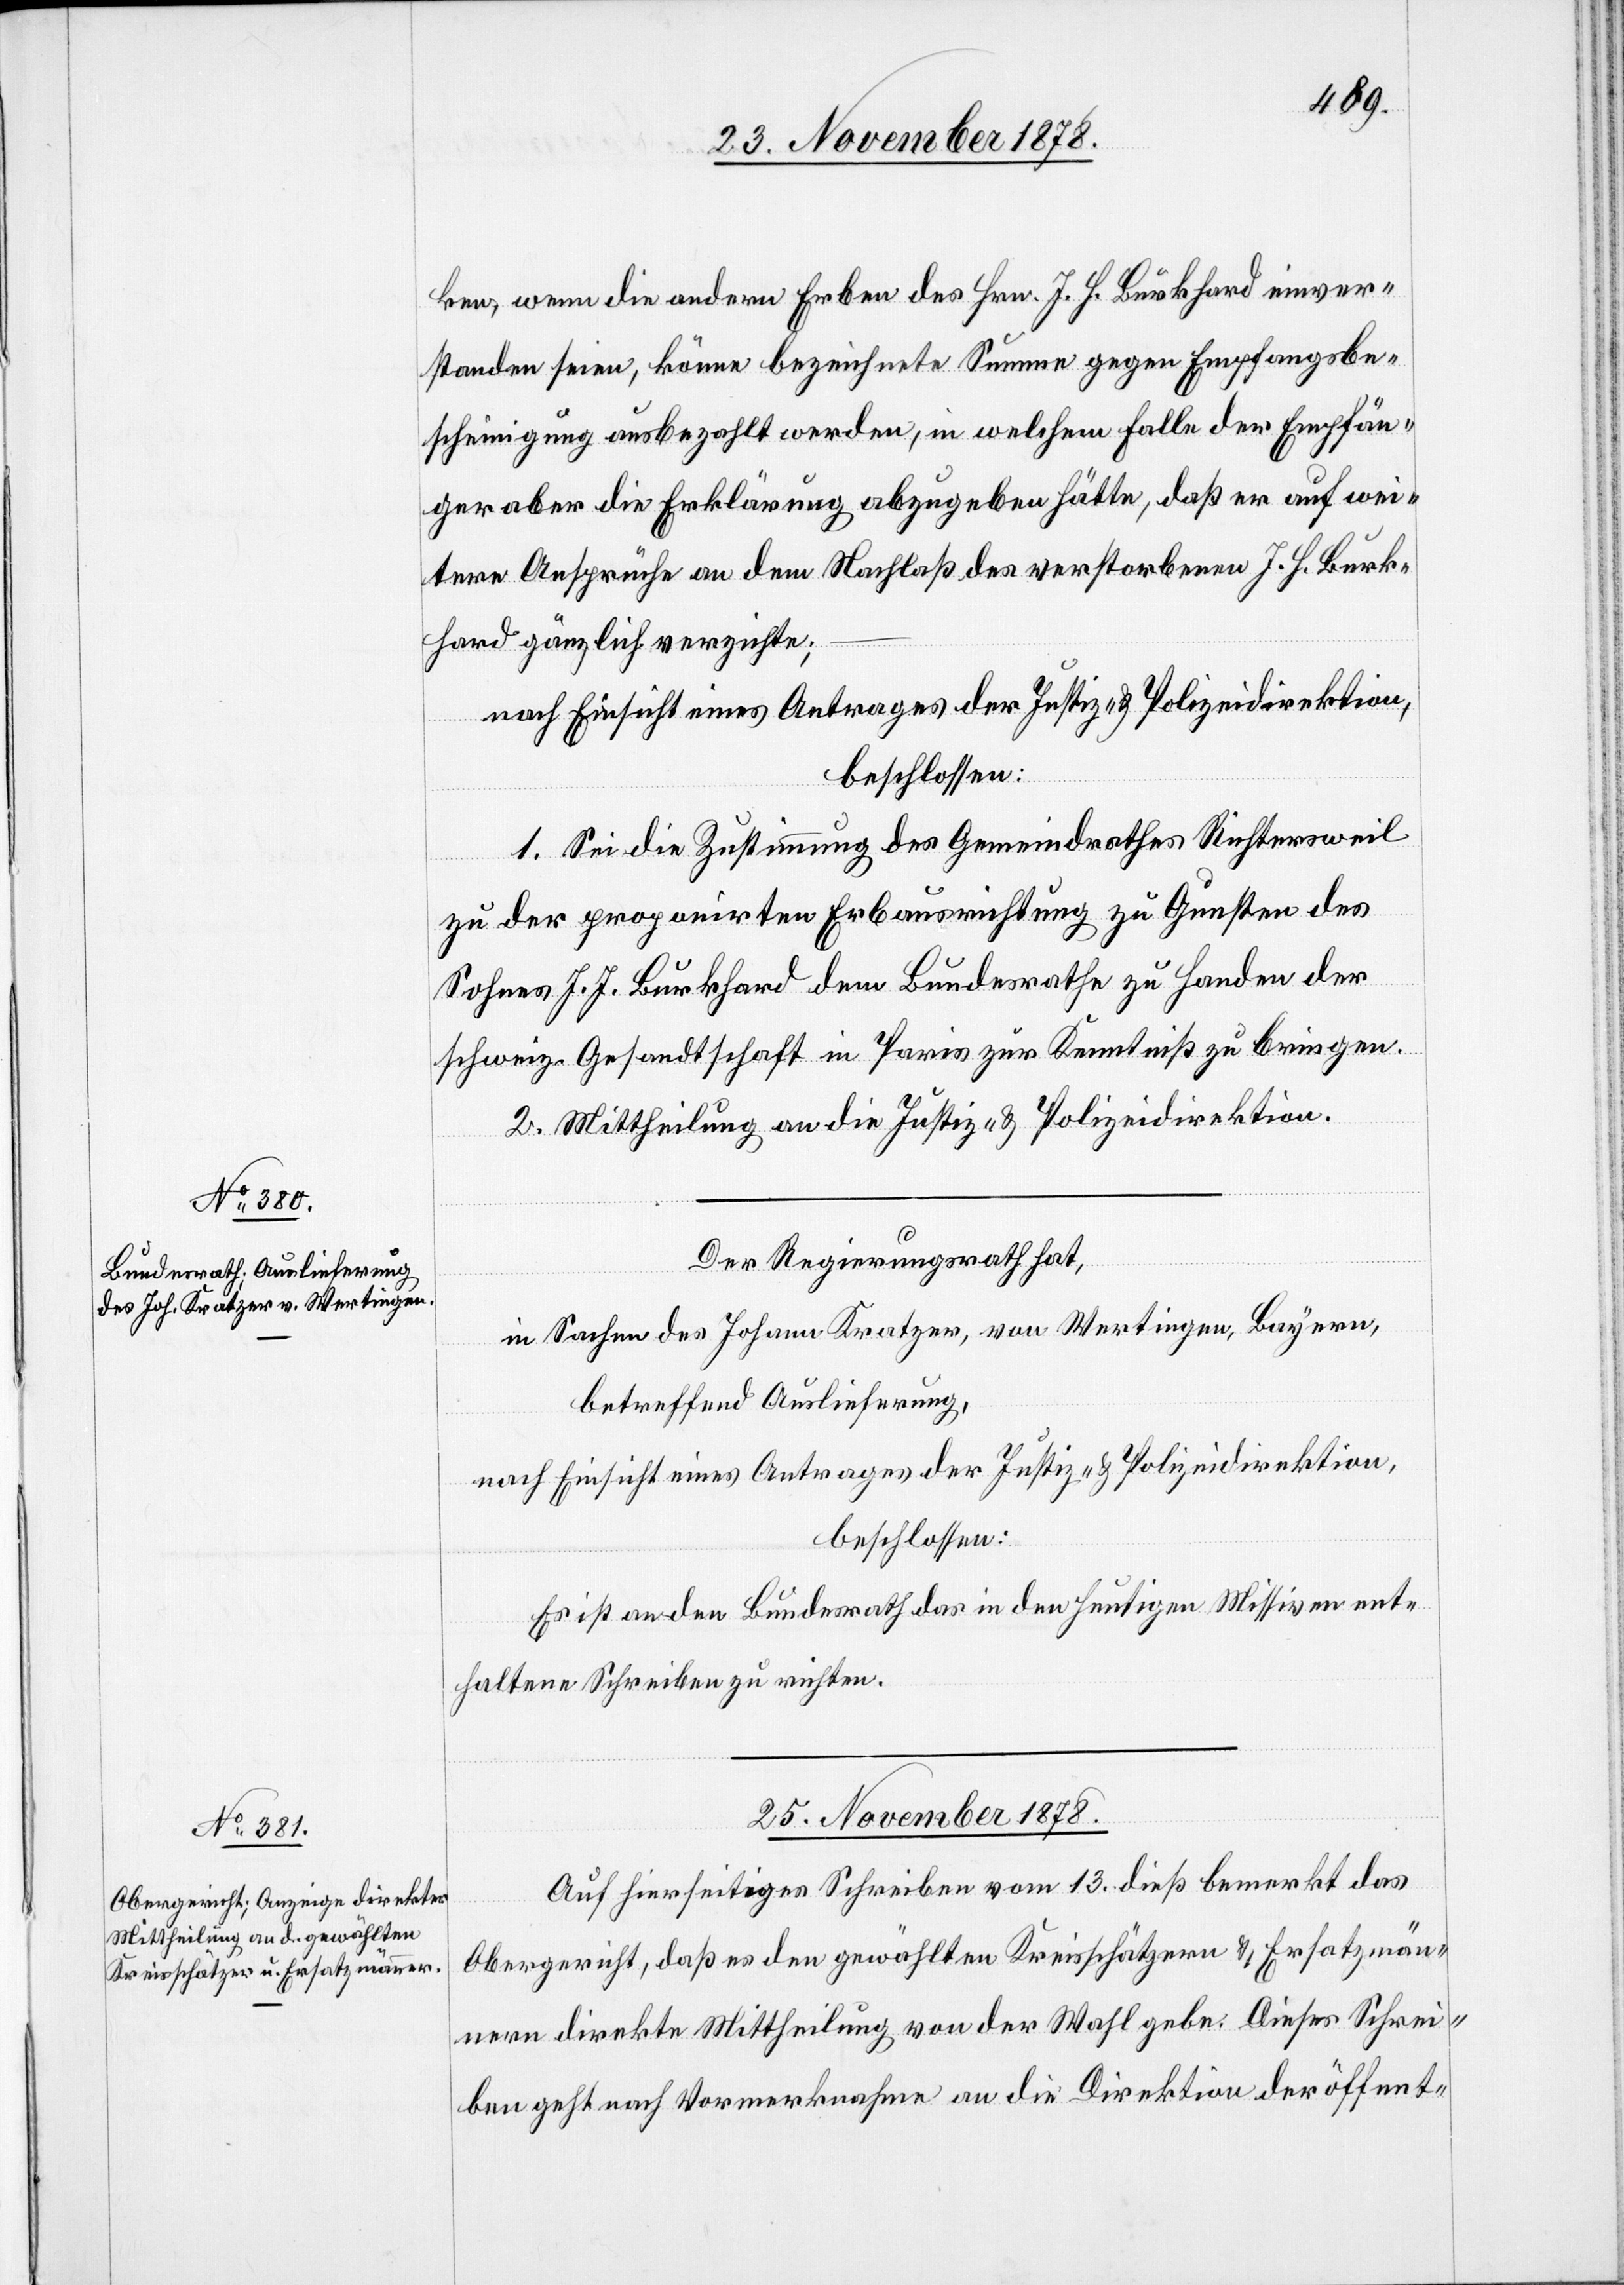
23. November 1878.]
ken, wenn die andern Erben des Hrn. J. H. Burkhard einver¬
standen seien, könne bezeichnete Summe gegen Empfangsbe¬
scheinigung ausbezahlt werden, in welchem Falle der Empfän¬
ger aber die Erklärung abzugeben hätte, daß er auf wei¬
tere Ansprüche an dem Nachlaß des verstorbenen J. H. Burk¬
hard gänzlich verzichte;
nach Einsicht eines Antrages der Justiz- & Polizeidirektion,
beschlossen:
1. Sei die Zustimmung des Gemeindrathes Richtersweil
zu der proponirten Erbausrichtung zu Gunsten des
Sohnes J. J. Burkhard dem Bundesrathe zu Handen der
schweiz. Gesandtschaft in Paris zur Kenntniß zu bringen.
2. Mittheilung an die Justiz- & Polizeidirektion.
Der Regierungsrath hat,
in Sachen des Johann Kratzer, von Wertingen, Bayern,
betreffend Auslieferung,
nach Einsicht eines Antrages der Justiz- & Polizeidirektion,
beschlossen:
Es ist an den Bundesrath das in den heutigen Missiven ent¬
haltene Schreiben zu richten.
25. November 1878.
Auf hierseitiges Schreiben vom 13. dieß bemerkt das
Obergericht, daß es den gewählten Kreisschätzern & Ersatzmän¬
nern direkte Mittheilung von der Wahl gebe. Dieses Schrei¬
ben geht nach Vormerknahme an die Direktion der öffent-